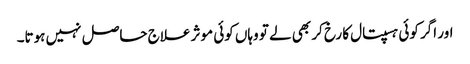
اور اگر کوئی ہسپتال کا رخ کر بھی لے تو وہاں کوئی موثر علاج حاصل نہیں ہوتا۔